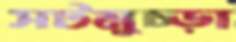
সটমুচ্‌ড়া